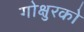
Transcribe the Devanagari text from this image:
गोक्षुरको